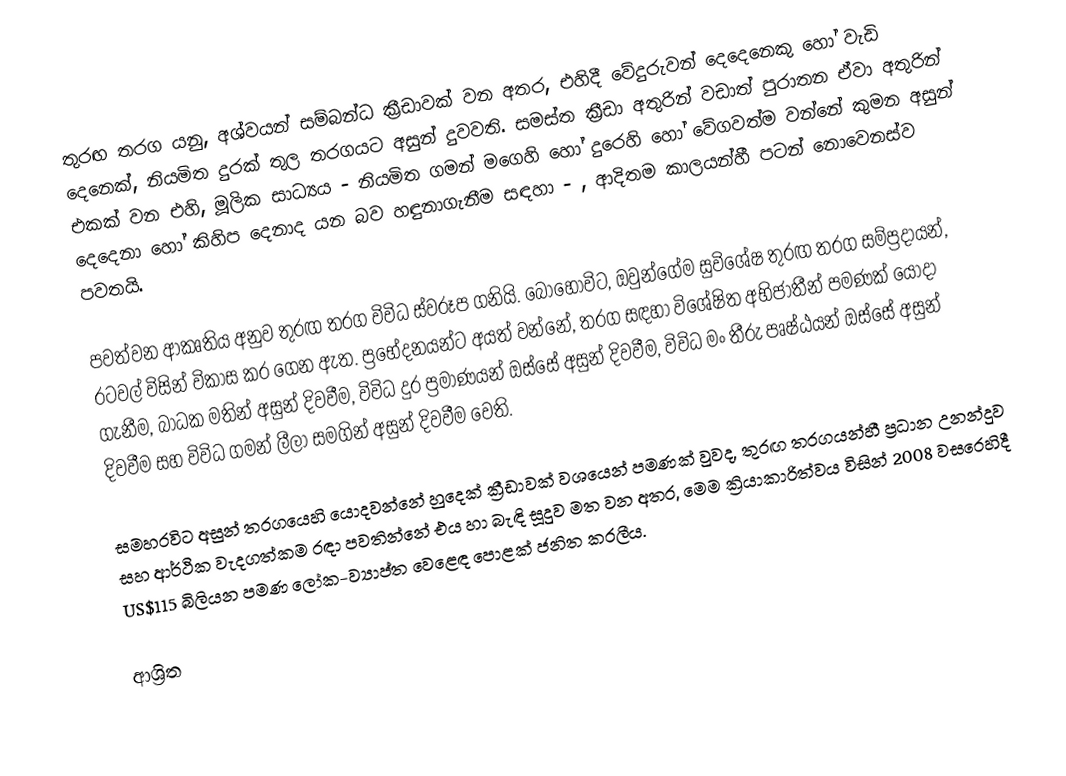
තුරඟ තරග යනු,  අශ්වයන් සම්බන්ධ ක්‍රීඩාවක් වන අතර, එහිදී වේදුරුවන් දෙදෙනෙකු හෝ වැඩි දෙනෙක්, නියමිත දුරක් තුල තරගයට අසුන් දුවවති. සමස්ත ක්‍රීඩා අතුරින් වඩාත් පුරාතන ඒවා අතුරින් එකක් වන එහි, මූලික සාධ්‍යය - නියමිත ගමන් මගෙහි හෝ දුරෙහි හෝ වේගවත්ම වන්නේ කුමන අසුන් දෙදෙනා හෝ කිහිප දෙනාද යන බව හඳුනාගැනීම සඳහා - , ආදිතම කාලයන්හී පටන් නොවෙනස්ව පවතයි.

පවත්වන ආකෘතිය අනුව තුරඟ තරග  විවිධ ස්වරූප ගනියි. බොහෝවිට, ඔවුන්ගේම සුවිශේෂ තුරඟ තරග  සම්ප්‍රදායන්, රටවල් විසින් විකාස කර ගෙන ඇත. ප්‍රභේදනයන්ට අයත් වන්නේ, තරග සඳහා විශේෂිත  අභිජාතීන් පමණක් යොදා ගැනීම, බාධක මතින් අසුන් දිවවීම, විවිධ දුර ප්‍රමාණයන් ඔස්සේ අසුන් දිවවීම, විවිධ මං තීරු පෘෂ්ඨයන් ඔස්සේ අසුන් දිවවීම සහ විවිධ ගමන් ලීලා  සමගින් අසුන් දිවවීම වෙති.

සමහරවිට අසුන් තරගයෙහි යොදවන්නේ හුදෙක් ක්‍රීඩාවක් වශයෙන් පමණක් වුවද, තුරඟ තරගයන්හී ප්‍රධාන උනන්දුව සහ ආර්ථික වැදගත්කම රඳා පවතින්නේ එය හා බැඳි   සූදුව මත වන අතර,  මෙම ක්‍රියාකාරිත්වය විසින්  2008 වසරෙහිදී  US$115 බිලියන පමණ ලෝක-ව්‍යාප්ත වෙළෙඳ පොළක් ජනිත කරලීය.

ආශ්‍රිත